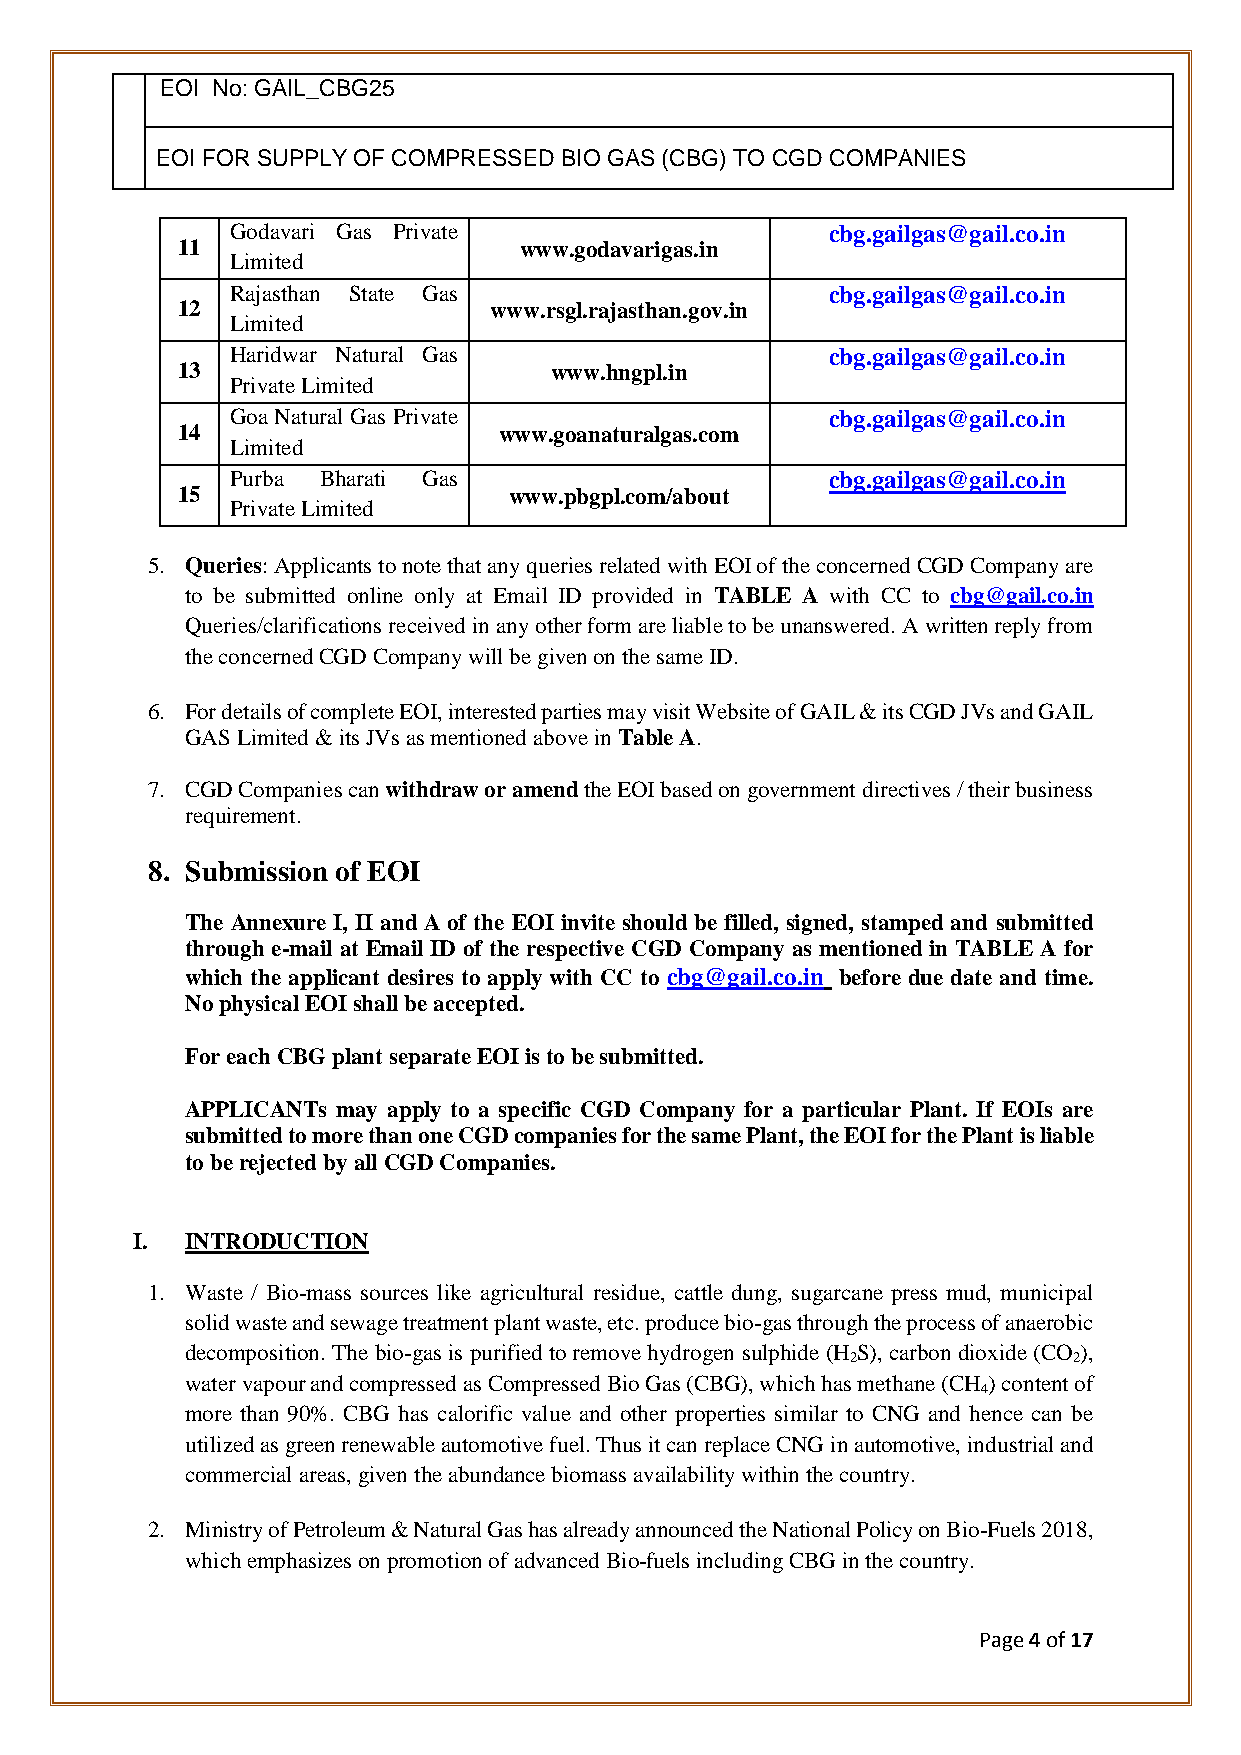
EOI No: GAIL_CBG25
 EOI FOR SUPPLY OF COMPRESSED BIO GAS (CBG) TO CGD COMPANIES
 Godavari Gas Private                    cbg.gailgas@gail.co.in
 11                    www.godavarigas.in
 Limited
 Rajasthan State Gas                     cbg.gailgas@gail.co.in
 12                  www.rsgl.rajasthan.gov.in
 Limited
 Haridwar Natural Gas                    cbg.gailgas@gail.co.in
 13                      www.hngpl.in
 Private Limited
 Goa Natural Gas Private                 cbg.gailgas@gail.co.in
 14                   www.goanaturalgas.com
 Limited
 Purba Bharati Gas                       cbg.gailgas@gail.co.in
 15                    www.pbgpl.com/about
 Private Limited
 5. Queries: Applicants to note that any queries related with EOI of the concerned CGD Company are
 to be submitted online only at Email ID provided in TABLE A with CC to cbg@gail.co.in
 Queries/clarifications received in any other form are liable to be unanswered. A written reply from
 the concerned CGD Company will be given on the same ID.
 6. For details of complete EOI, interested parties may visit Website of GAIL & its CGD JVs and GAIL
 GAS Limited & its JVs as mentioned above in Table A.
 7. CGD Companies can withdraw or amend the EOI based on government directives / their business
 requirement.
 8. Submission of EOI
 The Annexure I, II and A of the EOI invite should be filled, signed, stamped and submitted
 through e-mail at Email ID of the respective CGD Company as mentioned in TABLE A for
 which the applicant desires to apply with CC to cbg@gail.co.in before due date and time.
 No physical EOI shall be accepted.
 For each CBG plant separate EOI is to be submitted.
 APPLICANTs may apply to a specific CGD Company for a particular Plant. If EOIs are
 submitted to more than one CGD companies for the same Plant, the EOI for the Plant is liable
 to be rejected by all CGD Companies.
 I. INTRODUCTION
 1. Waste / Bio-mass sources like agricultural residue, cattle dung, sugarcane press mud, municipal
 solid waste and sewage treatment plant waste, etc. produce bio-gas through the process of anaerobic
 decomposition. The bio-gas is purified to remove hydrogen sulphide (H S), carbon dioxide (CO ),
 2              2
 water vapour and compressed as Compressed Bio Gas (CBG), which has methane (CH ) content of
 4
 more than 90%. CBG has calorific value and other properties similar to CNG and hence can be
 utilized as green renewable automotive fuel. Thus it can replace CNG in automotive, industrial and
 commercial areas, given the abundance biomass availability within the country.
 2. Ministry of Petroleum & Natural Gas has already announced the National Policy on Bio-Fuels 2018,
 which emphasizes on promotion of advanced Bio-fuels including CBG in the country.
 Page 4 of 17